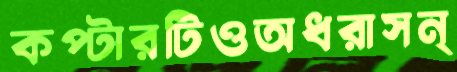
কপ্টারটিওঅধরাসন্